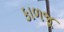
કાળજૂ